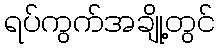
ရပ်ကွက်အချို့တွင်